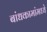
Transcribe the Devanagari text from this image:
बांधकामांमध्ये